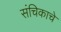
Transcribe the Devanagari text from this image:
संचिकाचे